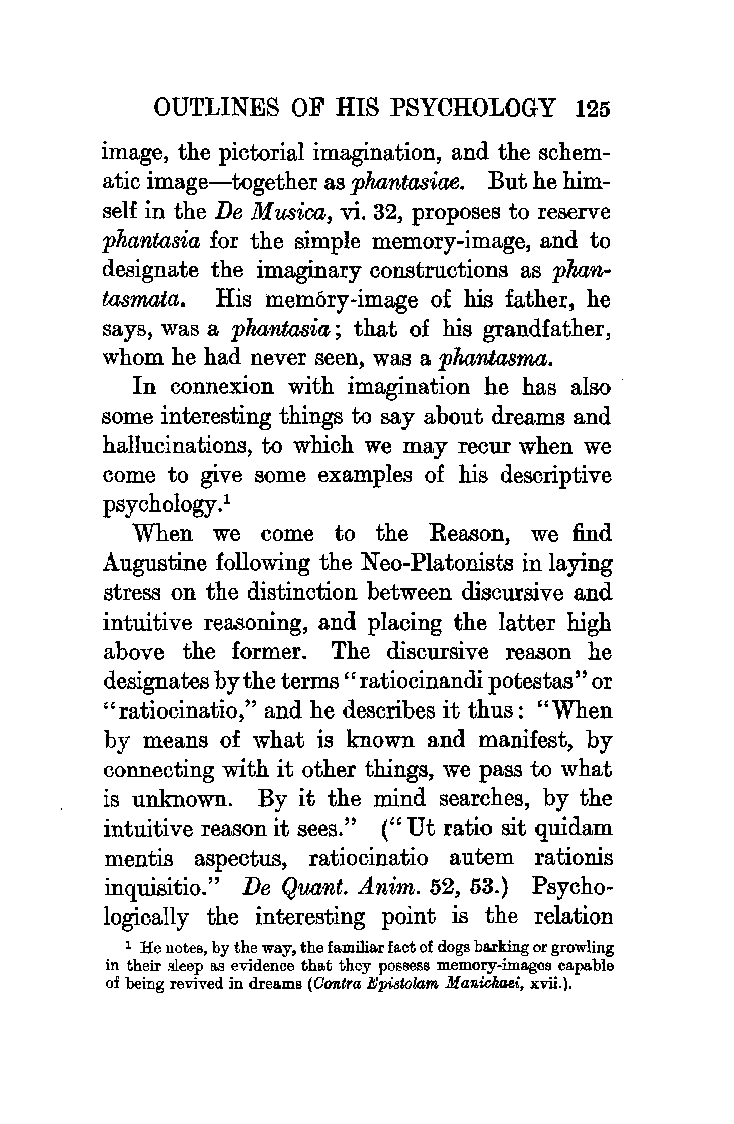
OUTLINES OF HIS PSYCHOLOGY  125
 image, the pictorial imagination, and the schem
 atic image-together as phantasia,e. But he him
 self in the De M usica, vi. 32, proposes to reserve
 phantasia for the simple memory-image, and to
 designate the imaginary constructions as phan
 tasmai,a, His memory-image of his father, he
 says, was a phantasia; that of his grandfather,
 whom he had never seen, was a phantasma.
 In connexion with imagination he has also
 some interesting things to say about dreams and
 hallucinations, to which we may recur when we
 come to give some examples of his descriptive
 psychology .1
 When we come to the Reason, we find
 Augustine following the Neo-Platonists in laying
 stress on the distinction between discursive and
 intuitive reasoning, and placing the latter hlgh
 above the former. The discursive reason he
 designates by the terms" ratiocinandi potestas" or
 "ratiocinatio," and he describes it thus: "When
 by means of what is known and manifest, by
 connecting with it other things, we pass to what
 is unknown. By it the mind searches, by the
 intuitive reason it sees." (" Ut ratio sit quidam
 mentis aspectus, ratiocinatio autem rationis
 inquisitio." De Quant. Anim. 52, 53.) Psycho
 logically the interesting point is the relation
 1 He notes, by the way, the familiar fact of dogs be.rking or growling
 in their sleep as evidence that they possess memory-images capable
 oi being revived in dreams (Oontra Epi8tol,am Manichaei, xvii.),